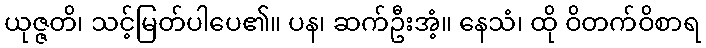
ယုဇ္ဇတိ၊ သင့်မြတ်ပါပေ၏။ ပန၊ ဆက်ဦးအံ့။ နေသံ၊ ထို ဝိတက်ဝိစာရ